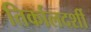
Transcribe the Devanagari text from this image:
तिर्कालदर्शी